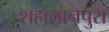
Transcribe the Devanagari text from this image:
शहाजानपुरा